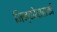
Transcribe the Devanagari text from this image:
मिन्कोवासकी